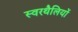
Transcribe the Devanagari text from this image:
स्वरथैलियों